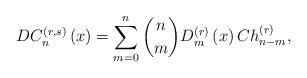
LaTeX: \begin{align*}DC_{n}^{\left(r,s\right)}\left(x\right)=\sum_{m=0}^{n}\dbinom{n}{m}D_{m}^{\left(r\right)}\left(x\right)Ch_{n-m}^{\left(r\right)},\end{align*}